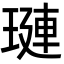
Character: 𬍻